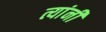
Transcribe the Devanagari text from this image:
त्यांनी